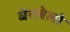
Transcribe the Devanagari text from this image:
घेरलेलो